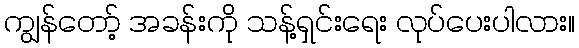
ကျွန်တော့် အခန်းကို သန့်ရှင်းရေး လုပ်ပေးပါလား။